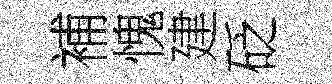
補愧建砭